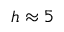
h \approx 5